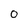
Character: O